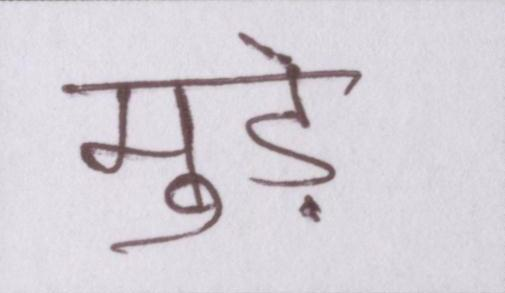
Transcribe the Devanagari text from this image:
मुड़े